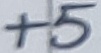
Text: +5